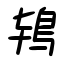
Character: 鴇